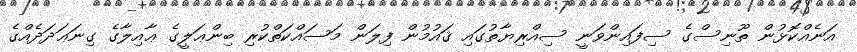
އަނެއްކޮޅުން ތޫނިސްގެ ސިފައިންވަނީ ސިއްރިޔާތުގައި ޤައުމުން ފިލަން މަސައްކަތްކުރި ބިންޢަލީގެ ޢާއިލާގެ ގިނަޢަދަދެއްގެ